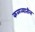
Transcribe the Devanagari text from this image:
कळव्यातील